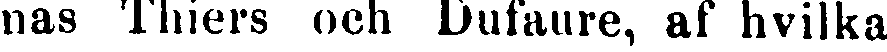
nas Thiers och Dufaure, af hvilka